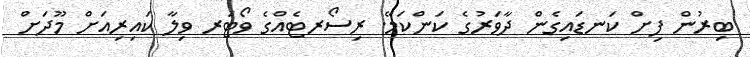
ބިރުން ފިށް ކަނޑައިގެން ދާވަރުގެ ކަންކަމޭ. ރިސޯރޓެއްގެ ވޯޓަރ ވިލާ ކައިރިއަށް މޫދަށް